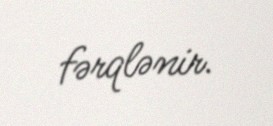
fərqlənir.